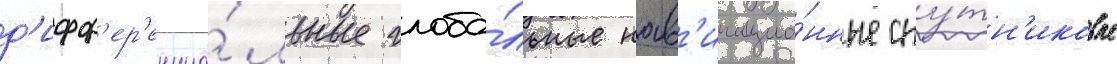
д'ифф'ер'енциа́льные глоба́льные нав'игацио́нные спу́тн'иковые